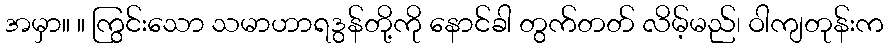
အမှာ။ ။ ကြွင်းသော သမာဟာရဒွန်တို့ကို နောင်ခါ တွက်တတ် လိမ့်မည်၊ ဝါကျတုန်းက